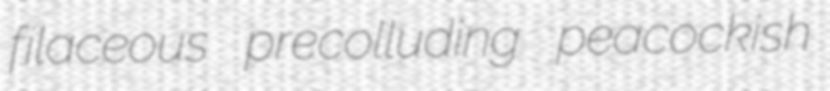
filaceous precolluding peacockish